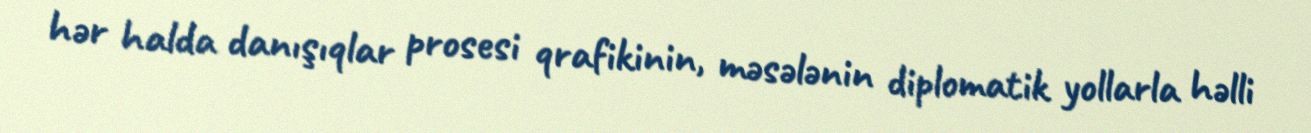
hər halda danışıqlar prosesi qrafikinin, məsələnin diplomatik yollarla həlli